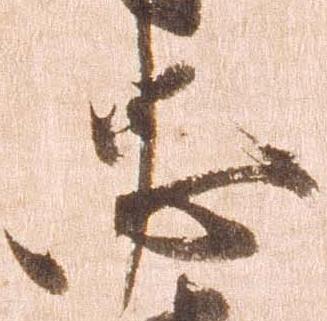
忠